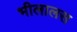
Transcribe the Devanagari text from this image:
भीलालस